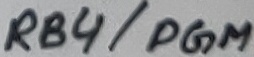
Text: RB4/PGM